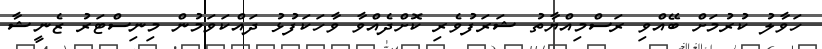
ހަވާލު ކުރުމަށް ބޭއްވި ރަސްމިއްޔާތު ޝަރަފުވެރި ކޮށްދެއްވާ ވާހަކަފުޅު ދައްކަވަމުން މިނިސްޓަރު ޒެނީޝާ